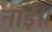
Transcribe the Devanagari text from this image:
नाईं॥